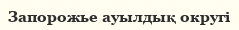
Запорожье ауылдық округі